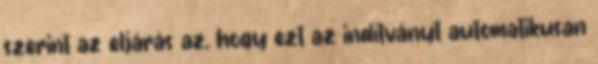
szerint az eljárás az, hogy ezt az indítványt automatikusan